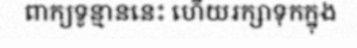
ពាក្យទូន្មាននេះ ហើយរក្សាទុកក្នុង